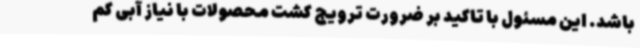
باشد. این‌ مسئول با تاکید بر ضرورت ترویج کشت محصولات با نیاز آبی کم